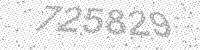
Solution: 725829